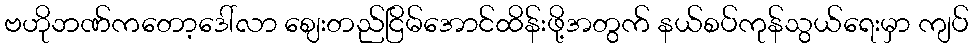
ဗဟိုဘဏ်ကတော့ဒေါ်လာ ဈေးတည်ငြိမ်အောင်ထိန်းဖို့အတွက် နယ်စပ်ကုန်သွယ်ရေးမှာ ကျပ်